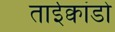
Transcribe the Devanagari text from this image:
ताईक्वांडो